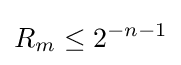
R_{m}\leq 2^{-n-1}